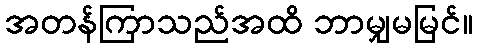
အတန်ကြာသည်အထိ ဘာမျှမမြင်။